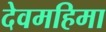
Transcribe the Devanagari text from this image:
देवमहिमा